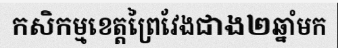
កសិកម្មខេត្តព្រៃវែងជាង២ឆ្នាំមក